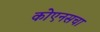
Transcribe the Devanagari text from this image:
कोएनसचा